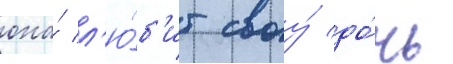
она́ л'ю́б'ит своу́ до́чь